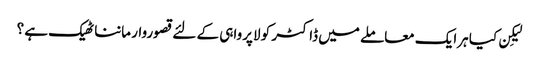
لیکِن کیا ہرایک معاملے میں ڈاکٹر کو لاپرواہی کے لئے قصوروار ماننا ٹھیک ہے ؟